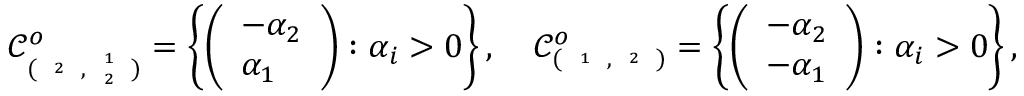
\mathcal { C } _ { ( { \tiny \begin{array} { c } { 2 } \end{array} } , { \tiny { \begin{array} { c c } { 1 } \\ { 2 } \end{array} } } ) } ^ { o } = \left\{ \left( \begin{array} { l } { - \alpha _ { 2 } } \\ { \alpha _ { 1 } } \end{array} \right) : \alpha _ { i } > 0 \right\} , \quad \mathcal { C } _ { ( { \tiny \begin{array} { c } { 1 } \end{array} } , { \tiny \begin{array} { c } { 2 } \end{array} } ) } ^ { o } = \left\{ \left( \begin{array} { l } { - \alpha _ { 2 } } \\ { - \alpha _ { 1 } } \end{array} \right) : \alpha _ { i } > 0 \right\} ,